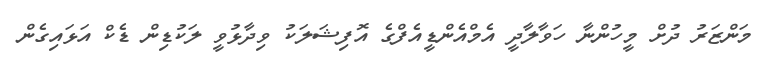
މަންޒަރު ދުށް މީހުންނާ ހަވާލާދީ އެމްއެންޑީއެފްގެ އޮފިޝަލަކު ވިދާޅުވީ ލަކުޑިން ޑެކް އަޅައިގެން